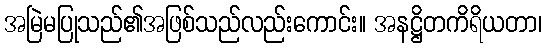
အမြဲမပြုသည်၏အဖြစ်သည်လည်းကောင်း။ အနဋ္ဌိတကိရိယတာ၊